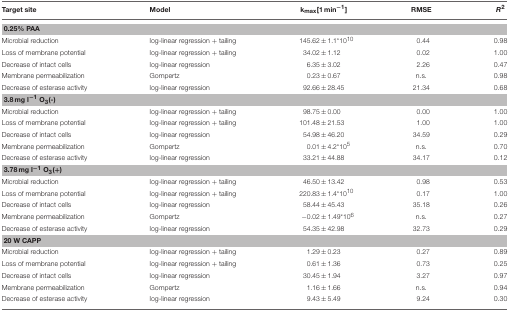
<table><thead><tr><td><b>Target site</b></td><td><b>Model</b></td><td><b>k<sub>max</sub>[1 min<sup>−1</sup>]</b></td><td><b>RMSE</b></td><td><b><i>R</i><sup>2</sup></b></td></tr></thead><tbody><tr><td colspan="5"><b>0.25% PAA</b></td></tr><tr><td>Microbial reduction</td><td>log-linear regression + tailing</td><td>145.62±1.1<sup>*</sup>10<sup>10</sup></td><td>0.44</td><td>0.98</td></tr><tr><td>Loss of membrane potential</td><td>log-linear regression + tailing</td><td>34.02±1.12</td><td>0.02</td><td>1.00</td></tr><tr><td>Decrease of intact cells</td><td>log-linear regression</td><td>6.35±3.02</td><td>2.26</td><td>0.47</td></tr><tr><td>Membrane permeabilization</td><td>Gompertz</td><td>0.23±0.67</td><td>n.s.</td><td>0.98</td></tr><tr><td>Decrease of esterase activity</td><td>log-linear regression</td><td>92.66±28.45</td><td>21.34</td><td>0.68</td></tr><tr><td colspan="5"><b>3.8 mg l</b><sup>−1</sup><b>O</b><sub>3</sub><b>(-)</b></td></tr><tr><td>Microbial reduction</td><td>log-linear regression + tailing</td><td>98.75±0.00</td><td>0.00</td><td>1.00</td></tr><tr><td>Loss of membrane potential</td><td>log-linear regression + tailing</td><td>101.48±21.53</td><td>1.00</td><td>1.00</td></tr><tr><td>Decrease of intact cells</td><td>log-linear regression</td><td>54.98±46.20</td><td>34.59</td><td>0.29</td></tr><tr><td>Membrane permeabilization</td><td>Gompertz</td><td>0.01±4.2<sup>*</sup>10<sup>5</sup></td><td>n.s.</td><td>0.70</td></tr><tr><td>Decrease of esterase activity</td><td>log-linear regression</td><td>33.21±44.88</td><td>34.17</td><td>0.12</td></tr><tr><td colspan="5"><b>3.78 mg l<sup>−1</sup> O<sub>3</sub>(+)</b></td></tr><tr><td>Microbial reduction</td><td>log-linear regression + tailing</td><td>46.50±13.42</td><td>0.98</td><td>0.53</td></tr><tr><td>Loss of membrane potential</td><td>log-linear regression + tailing</td><td>220.83±1.4<sup>*</sup>10<sup>10</sup></td><td>0.17</td><td>1.00</td></tr><tr><td>Decrease of intact cells</td><td>log-linear regression</td><td>58.44±45.43</td><td>35.18</td><td>0.26</td></tr><tr><td>Membrane permeabilization</td><td>Gompertz</td><td>−0.02±1.49<sup>*</sup>10<sup>6</sup></td><td>n.s.</td><td>0.27</td></tr><tr><td>Decrease of esterase activity</td><td>log-linear regression</td><td>54.35±42.98</td><td>32.73</td><td>0.29</td></tr><tr><td colspan="5"><b>20 W CAPP</b></td></tr><tr><td>Microbial reduction</td><td>log-linear regression + tailing</td><td>1.29±0.23</td><td>0.27</td><td>0.89</td></tr><tr><td>Loss of membrane potential</td><td>log-linear regression + tailing</td><td>0.61±1.36</td><td>0.73</td><td>0.25</td></tr><tr><td>Decrease of intact cells</td><td>log-linear regression</td><td>30.45±1.94</td><td>3.27</td><td>0.97</td></tr><tr><td>Membrane permeabilization</td><td>Gompertz</td><td>1.16±1.66</td><td>n.s.</td><td>0.94</td></tr><tr><td>Decrease of esterase activity</td><td>log-linear regression</td><td>9.43±5.49</td><td>9.24</td><td>0.30</td></tr></tbody></table>